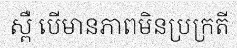
ស្ពឺ បើមានភាពមិនប្រក្រតី